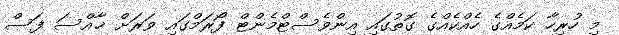
މި ހުރިހާ ކަމެއްގެ ހެއްކެއްގެ ގޮތުގައި އިންވެސްޓްމެންޓް ފޯރަމްގައި ވަރަށް ޚާއްސަ ފަސް